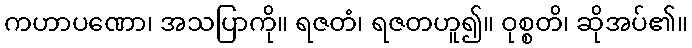
ကဟာပဏော၊ အသပြာကို။ ရဇတံ၊ ရဇတဟူ၍။ ဝုစ္စတိ၊ ဆိုအပ်၏။